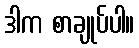
ဒါက စာချုပ်ပါ။